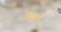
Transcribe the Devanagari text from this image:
चेमुली